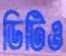
ডিটিও